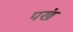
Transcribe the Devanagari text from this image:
पखं